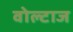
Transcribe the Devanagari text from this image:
वोल्टाज